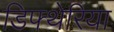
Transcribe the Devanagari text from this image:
डिफ्थेरिया